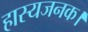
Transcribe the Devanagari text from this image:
हास्यजनक।